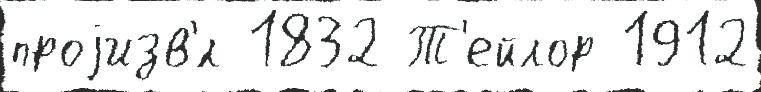
проjизв'́л 1832 Т'ейлор 1912